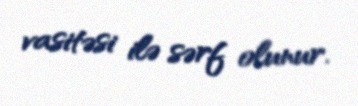
vasitəsi ilə sərf olunur.